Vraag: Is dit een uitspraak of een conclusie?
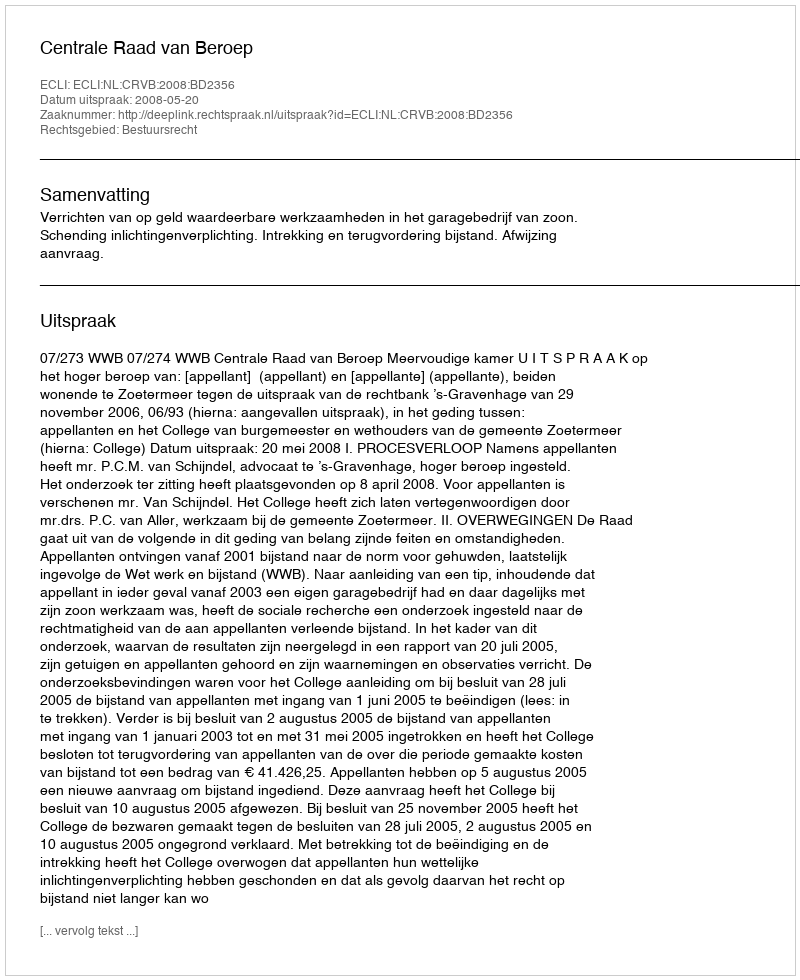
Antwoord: Uitspraak